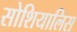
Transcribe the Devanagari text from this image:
सोशियालिस